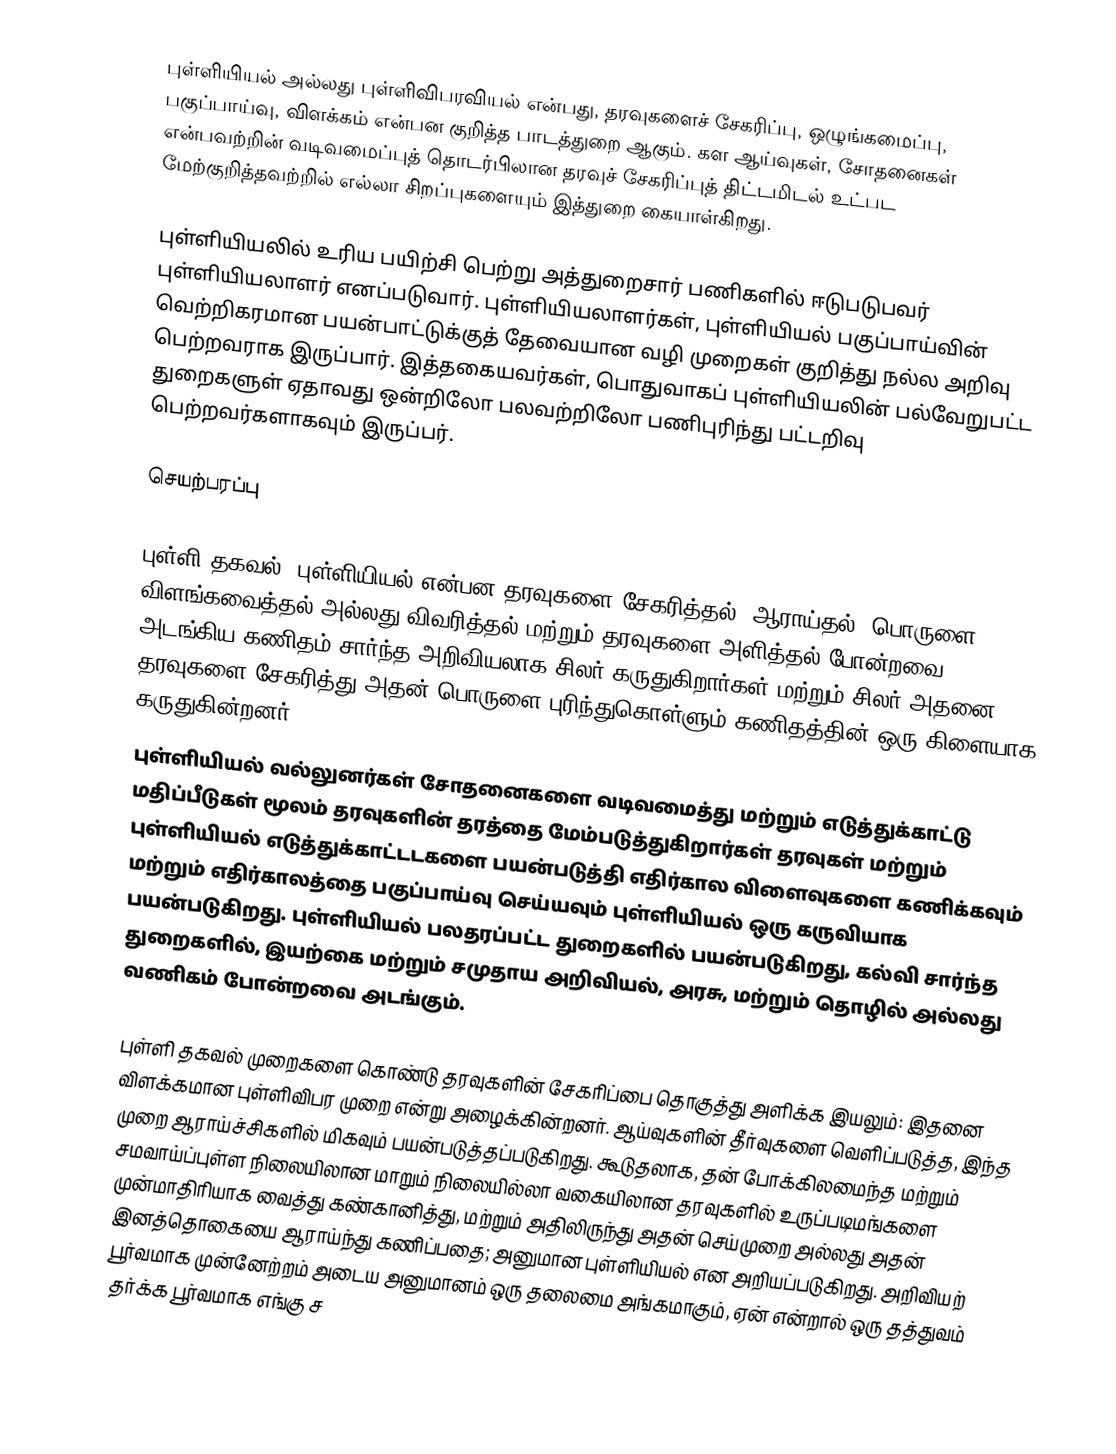
புள்ளியியல் அல்லது புள்ளிவிபரவியல் என்பது, தரவுகளைச் சேகரிப்பு, ஒழுங்கமைப்பு, பகுப்பாய்வு, விளக்கம் என்பன குறித்த பாடத்துறை ஆகும். கள ஆய்வுகள், சோதனைகள் என்பவற்றின் வடிவமைப்புத் தொடர்பிலான தரவுச் சேகரிப்புத் திட்டமிடல் உட்பட மேற்குறித்தவற்றில் எல்லா சிறப்புகளையும் இத்துறை கையாள்கிறது.

புள்ளியியலில் உரிய பயிற்சி பெற்று அத்துறைசார் பணிகளில் ஈடுபடுபவர் புள்ளியியலாளர் எனப்படுவார். புள்ளியியலாளர்கள், புள்ளியியல் பகுப்பாய்வின் வெற்றிகரமான பயன்பாட்டுக்குத் தேவையான வழி முறைகள் குறித்து நல்ல அறிவு பெற்றவராக இருப்பார். இத்தகையவர்கள், பொதுவாகப் புள்ளியியலின் பல்வேறுபட்ட துறைகளுள் ஏதாவது ஒன்றிலோ பலவற்றிலோ பணிபுரிந்து பட்டறிவு பெற்றவர்களாகவும் இருப்பர்.

செயற்பரப்பு

புள்ளி தகவல், புள்ளியியல் என்பன தரவுகளை சேகரித்தல், ஆராய்தல், பொருளை விளங்கவைத்தல் அல்லது விவரித்தல் மற்றும் தரவுகளை அளித்தல் போன்றவை அடங்கிய கணிதம் சார்ந்த அறிவியலாக சிலர் கருதுகிறார்கள் மற்றும் சிலர் அதனை தரவுகளை சேகரித்து அதன் பொருளை புரிந்துகொள்ளும் கணிதத்தின் ஒரு கிளையாக கருதுகின்றனர்.
புள்ளியியல் வல்லுனர்கள் சோதனைகளை வடிவமைத்து மற்றும் எடுத்துக்காட்டு மதிப்பீடுகள் மூலம் தரவுகளின் தரத்தை மேம்படுத்துகிறார்கள் தரவுகள் மற்றும் புள்ளியியல் எடுத்துக்காட்டடகளை பயன்படுத்தி எதிர்கால விளைவுகளை கணிக்கவும் மற்றும் எதிர்காலத்தை பகுப்பாய்வு செய்யவும் புள்ளியியல் ஒரு கருவியாக பயன்படுகிறது. புள்ளியியல் பலதரப்பட்ட துறைகளில் பயன்படுகிறது, கல்வி சார்ந்த துறைகளில், இயற்கை மற்றும் சமுதாய அறிவியல், அரசு, மற்றும் தொழில் அல்லது வணிகம் போன்றவை அடங்கும்.

புள்ளி தகவல் முறைகளை கொண்டு தரவுகளின் சேகரிப்பை தொகுத்து அளிக்க இயலும்: இதனை விளக்கமான புள்ளிவிபர  முறை என்று அழைக்கின்றனர். ஆய்வுகளின் தீர்வுகளை வெளிப்படுத்த, இந்த முறை ஆராய்ச்சிகளில் மிகவும் பயன்படுத்தப்படுகிறது. கூடுதலாக, தன் போக்கிலமைந்த மற்றும் சமவாய்ப்புள்ள நிலையிலான மாறும் நிலையில்லா வகையிலான தரவுகளில் உருப்படிமங்களை முன்மாதிரியாக வைத்து கண்கானித்து, மற்றும் அதிலிருந்து அதன் செய்முறை அல்லது அதன் இனத்தொகையை ஆராய்ந்து கணிப்பதை; அனுமான புள்ளியியல்  என அறியப்படுகிறது. அறிவியற் பூர்வமாக முன்னேற்றம் அடைய அனுமானம் ஒரு தலைமை அங்கமாகும், ஏன் என்றால் ஒரு தத்துவம் தர்க்க பூர்வமாக எங்கு ச